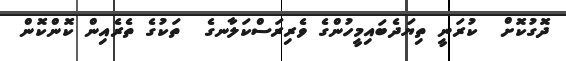
ދޮގުކޮށް  ކުރަނީ ތިޔަދެބައިމީހުންގެ ވެރިރަސްކަލާނގެ  ތަކުގެ ތެރެއިން ކޮންކޮން